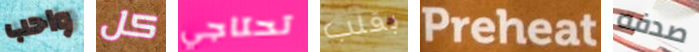
واحب كل تحتاجي بقلب Preheat صدفه